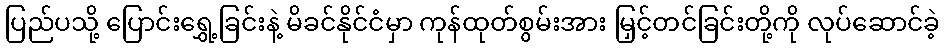
ပြည်ပသို့ ပြောင်းရွှေ့ခြင်းနဲ့ မိခင်နိုင်ငံမှာ ကုန်ထုတ်စွမ်းအား မြှင့်တင်ခြင်းတို့ကို လုပ်ဆောင်ခဲ့